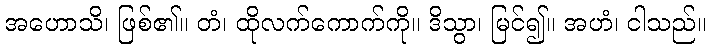
အဟောသိ၊ ဖြစ်၏။ တံ၊ ထိုလက်ကောက်ကို။ ဒိသွာ၊ မြင်၍။ အဟံ၊ ငါသည်။